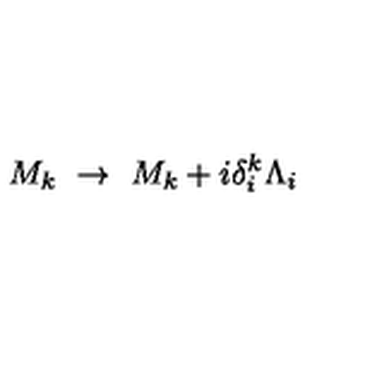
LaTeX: M _ { k } \ \rightarrow \ M _ { k } + i \delta _ { i } ^ { k } \Lambda _ { i }